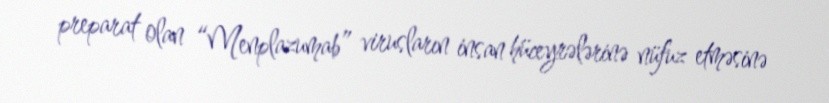
preparat olan “Menplazumab” virusların insan hüceyrələrinə nüfuz etməsinə